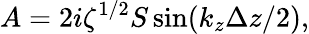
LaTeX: A=2i\zeta^{1/2}S\sin(k_{z}\Delta z/2),